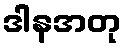
ဒါနအတု